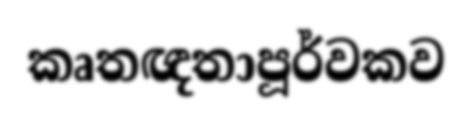
කෘතඥතාපූර්වකව